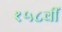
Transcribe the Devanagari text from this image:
१५८वीं